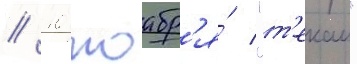
// 10 ноабр'я́ "т'екаи"